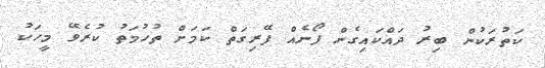
ކަތުރަކުން ބިރު ދައްކައިގެން ފޯނެއް ފޭރިގަތް ކަމަށް ތުހުމަތު ކުރެވޭ މީހަކު